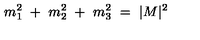
m _ { 1 } ^ { 2 } \ + \ m _ { 2 } ^ { 2 } \ + \ m _ { 3 } ^ { 2 } \ = \ | M | ^ { 2 } \ \